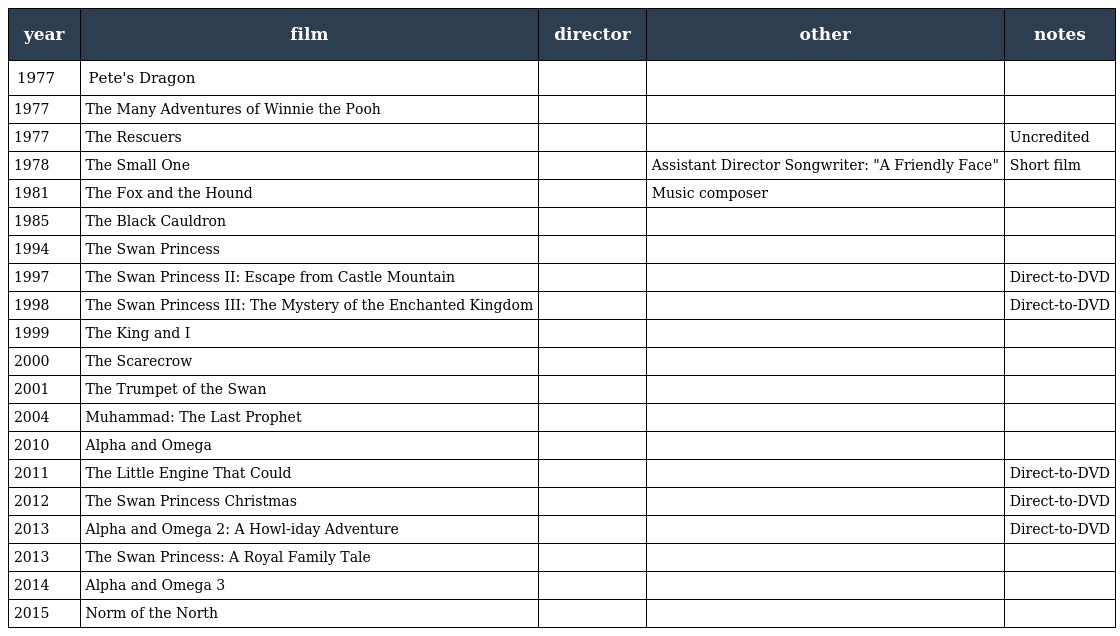
| year | film | director | other | notes |
 | --- | --- | --- | --- | --- |
 | 1977 | Pete's Dragon |  |  |  |
 | 1977 | The Many Adventures of Winnie the Pooh |  |  |  |
 | 1977 | The Rescuers |  |  | Uncredited |
 | 1978 | The Small One |  | Assistant Director Songwriter: "A Friendly Face" | Short film |
 | 1981 | The Fox and the Hound |  | Music composer |  |
 | 1985 | The Black Cauldron |  |  |  |
 | 1994 | The Swan Princess |  |  |  |
 | 1997 | The Swan Princess II: Escape from Castle Mountain |  |  | Direct-to-DVD |
 | 1998 | The Swan Princess III: The Mystery of the Enchanted Kingdom |  |  | Direct-to-DVD |
 | 1999 | The King and I |  |  |  |
 | 2000 | The Scarecrow |  |  |  |
 | 2001 | The Trumpet of the Swan |  |  |  |
 | 2004 | Muhammad: The Last Prophet |  |  |  |
 | 2010 | Alpha and Omega |  |  |  |
 | 2011 | The Little Engine That Could |  |  | Direct-to-DVD |
 | 2012 | The Swan Princess Christmas |  |  | Direct-to-DVD |
 | 2013 | Alpha and Omega 2: A Howl-iday Adventure |  |  | Direct-to-DVD |
 | 2013 | The Swan Princess: A Royal Family Tale |  |  |  |
 | 2014 | Alpha and Omega 3 |  |  |  |
 | 2015 | Norm of the North |  |  |  |